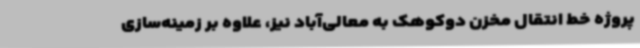
پروژه خط انتقال مخزن دوکوهک به معالی‌آباد نیز، علاوه بر زمینه‌سازی